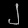
Digit: ၂